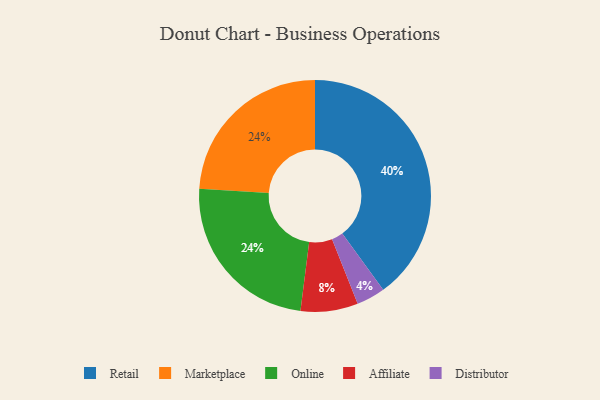
{"axis": {"x": "Category", "y": "Percentage"}, "legend": ["Affiliate", "Distributor", "Marketplace", "Online", "Retail"], "data": [{"x": "Distributor", "y": 4, "type": "Distributor"}, {"x": "Affiliate", "y": 8, "type": "Affiliate"}, {"x": "Retail", "y": 40, "type": "Retail"}, {"x": "Marketplace", "y": 24, "type": "Marketplace"}, {"x": "Online", "y": 24, "type": "Online"}]}